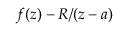
f ( z ) - R / ( z - a )